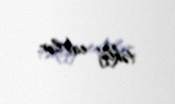
təklif edirlər.